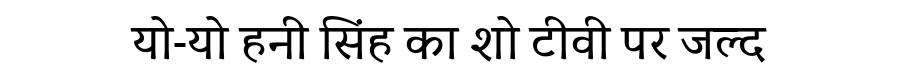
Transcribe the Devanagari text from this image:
यो-यो हनी सिंह का शो टीवी पर जल्द